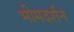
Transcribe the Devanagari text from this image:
भीमदर्शन